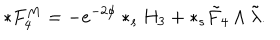
* F _ { 4 } ^ { M } = - e ^ { - 2 \phi } * _ { s } H _ { 3 } + * _ { s } \tilde { F } _ { 4 } \wedge \tilde { \lambda } .